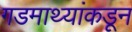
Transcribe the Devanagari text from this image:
गडमाथ्यांकडून